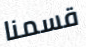
قسمنا